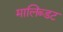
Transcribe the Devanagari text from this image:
मालिब्डट